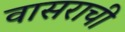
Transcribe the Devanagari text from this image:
वासराची